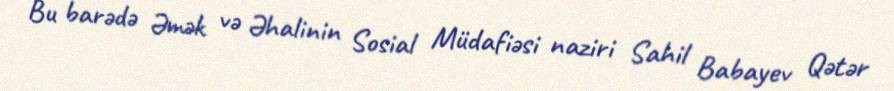
Bu barədə Əmək və Əhalinin Sosial Müdafiəsi naziri Sahil Babayev Qətər